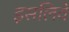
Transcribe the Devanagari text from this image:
इसलिवे